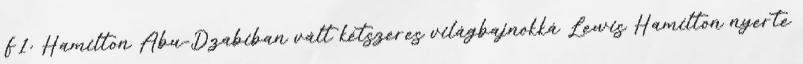
F1: Hamilton Abu-Dzabiban vált kétszeres világbajnokká Lewis Hamilton nyerte